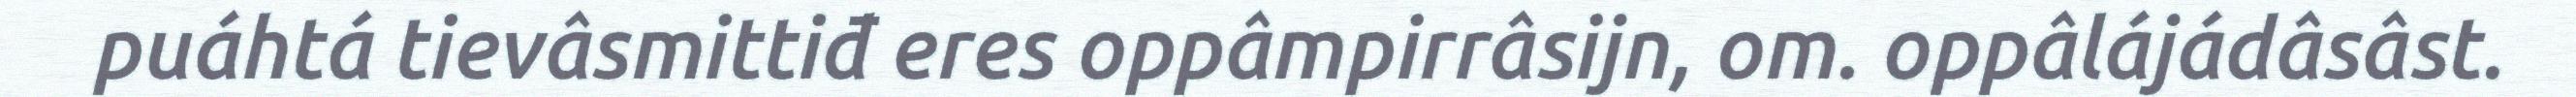
puáhtá tievâsmittiđ eres oppâmpirrâsijn, om. oppâlájádâsâst.